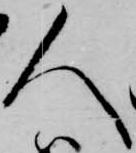
人